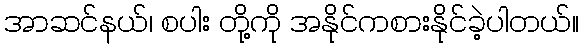
အာဆင်နယ်၊ စပါး တို့ကို အနိုင်ကစားနိုင်ခဲ့ပါတယ်။